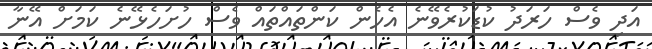
އަދި ވެސް ހަރަދު ކުޑަކުރެވޭނެ އެހެން ކަންތައްތައް ވެސް ހުށަހެޅޭނެ ކަމަށް އޭނާ